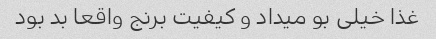
غذا خیلی بو میداد و کیفیت برنج واقعا بد بود